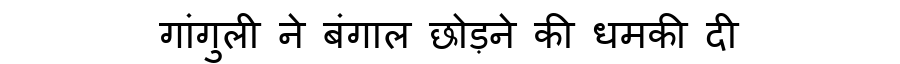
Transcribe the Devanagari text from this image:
गांगुली ने बंगाल छोड़ने की धमकी दी